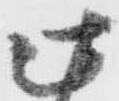
此